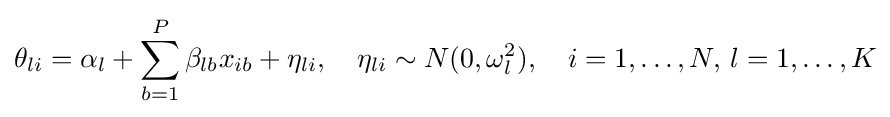
\theta _{li}=\alpha _{l}+\sum _{b=1}^{P}\beta _{lb}x_{ib}+\eta _{li},\quad \eta _{li}\sim N(0,\omega _{l}^{2}),\quad i=1,\ldots ,N,\,l=1,\ldots ,K